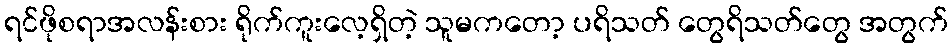
ရင်ဖိုစရာအလန်းစား ရိုက်ကူးလေ့ရှိတဲ့ သူမကတော့ ပရိသတ် တွေရိသတ်တွေ အတွက်